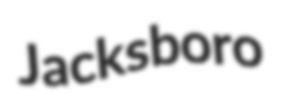
Jacksboro